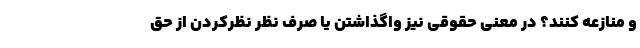
و منازعه کنند؟ در معنی حقوقی نیز واگذاشتن یا صرف نظر نظرکردن از حق